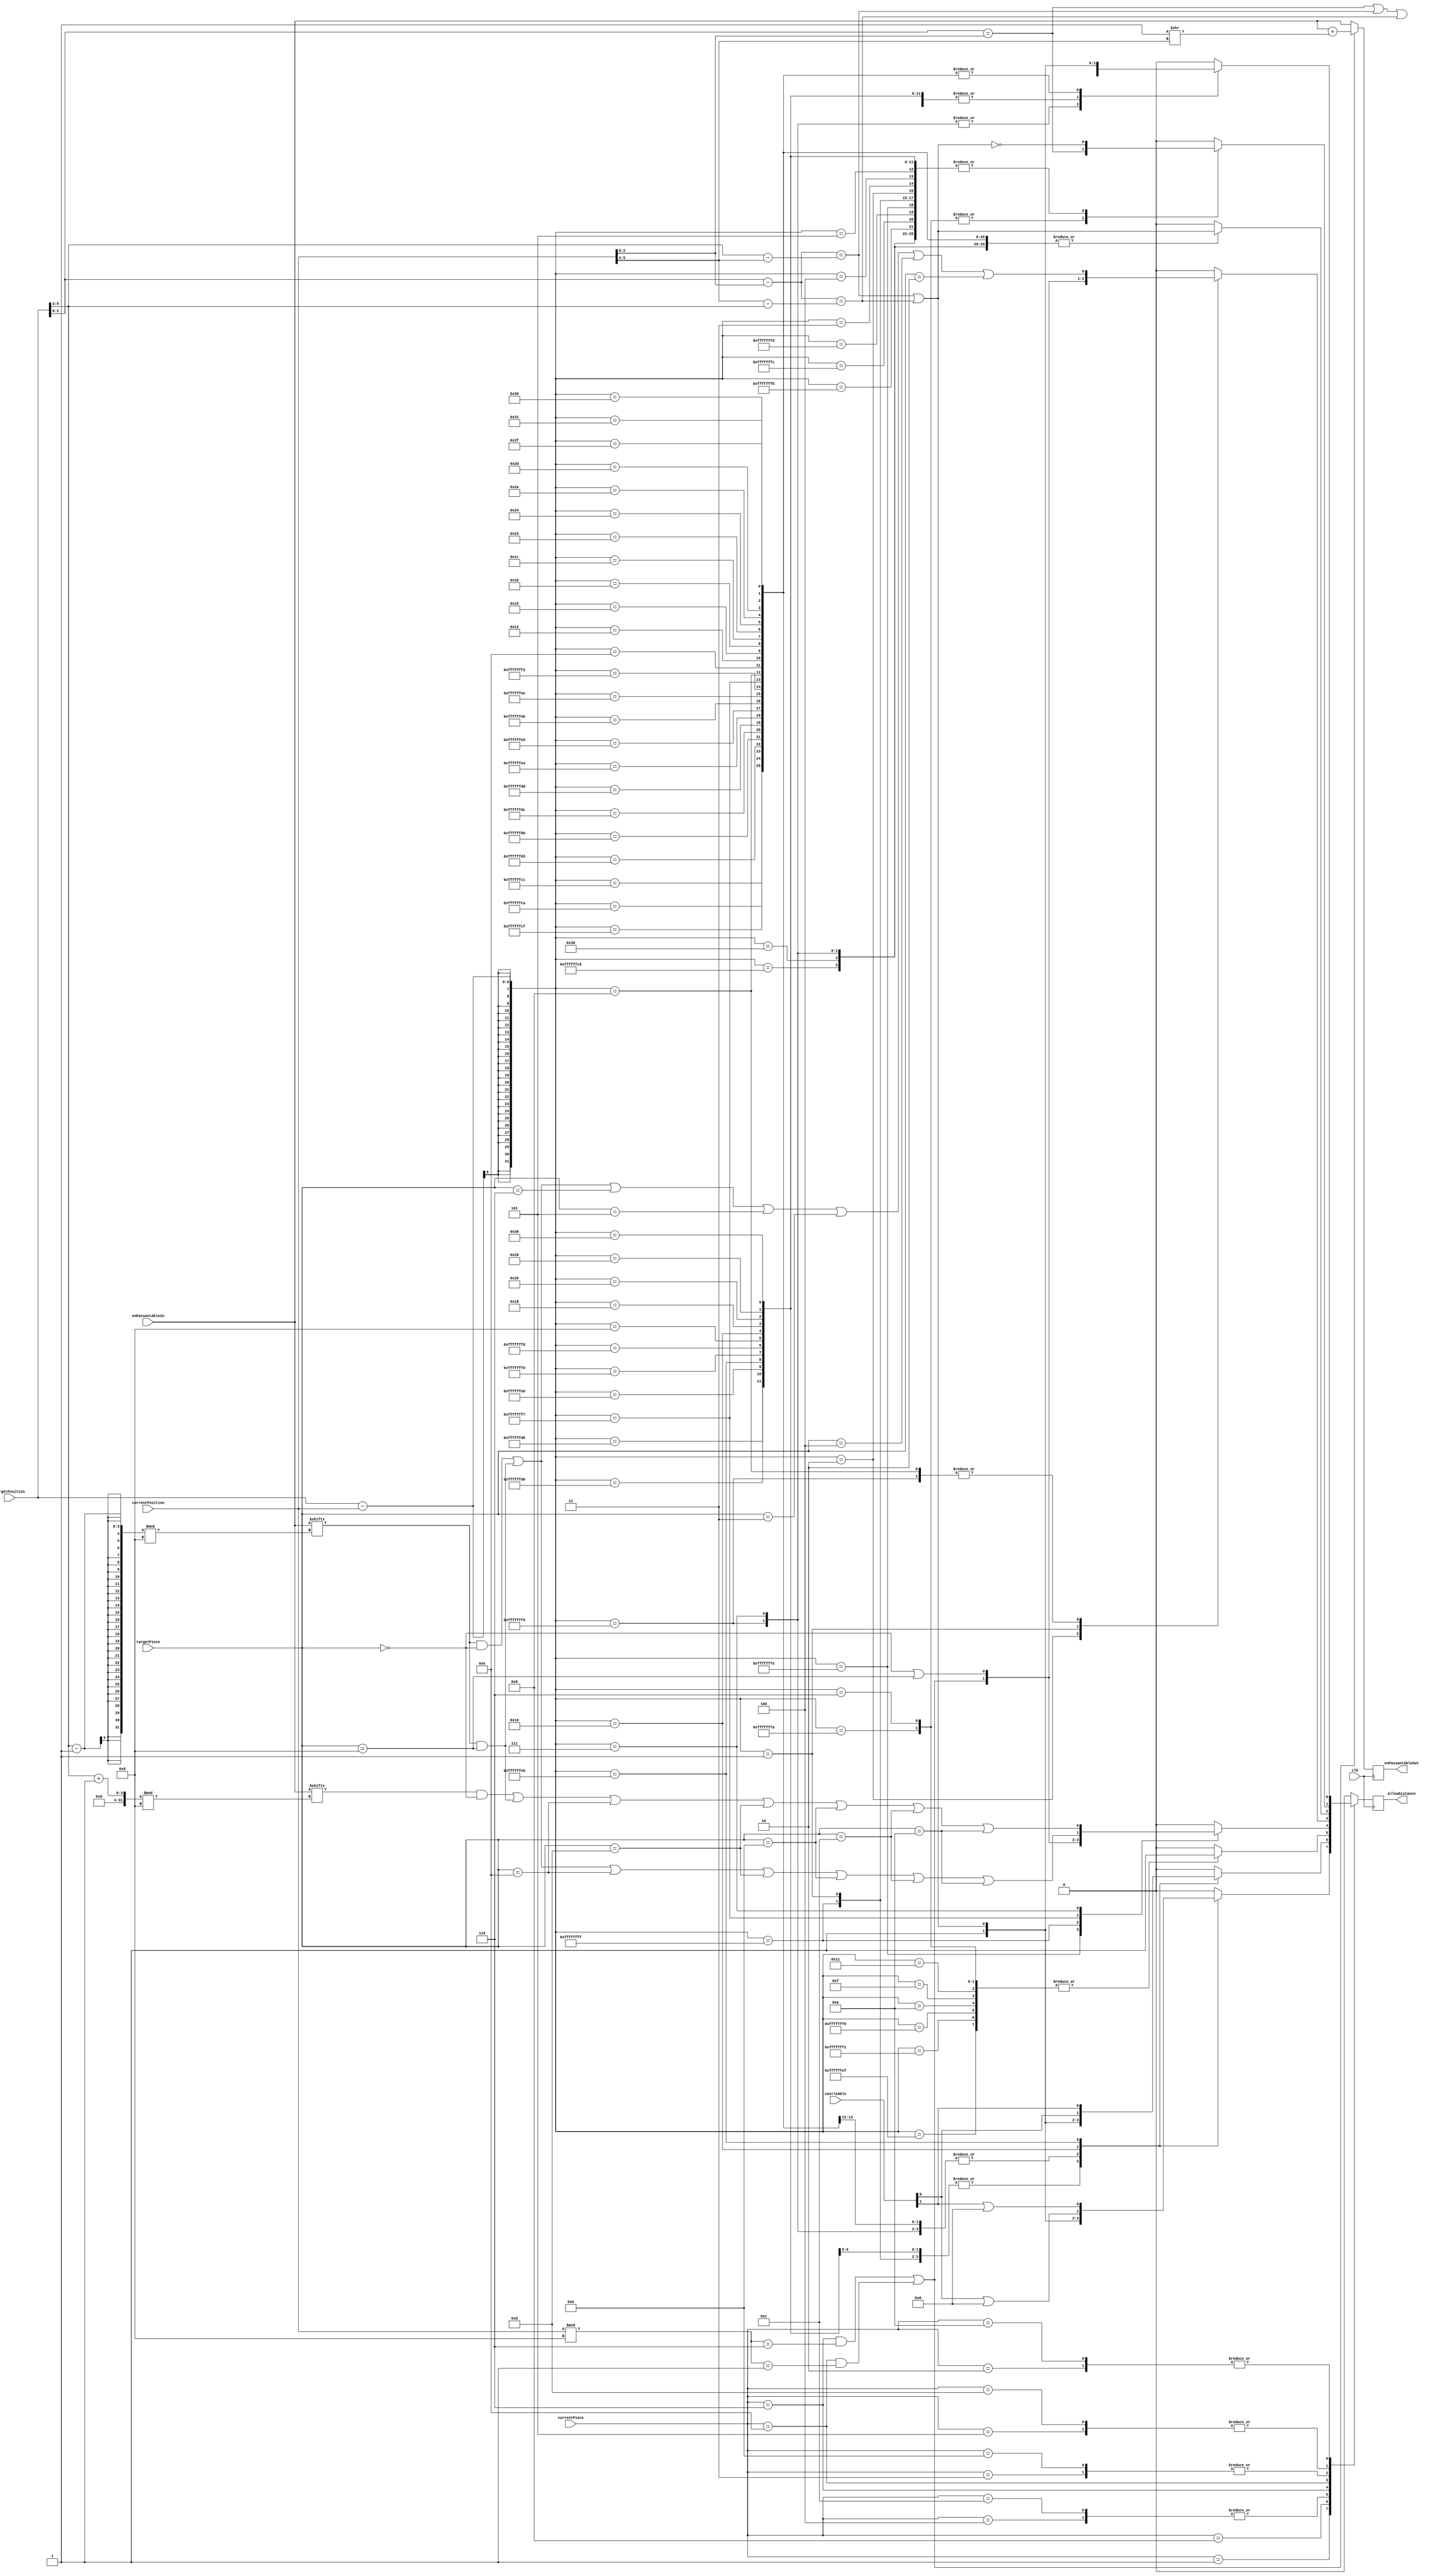
`timescale 1ns / 1ps
//////////////////////////////////////////////////////////////////////////////////
// Company: 
// 
// Design Name: 
// Module Name: checkDistance
// Project Name: 
// Target Devices: 
// Tool Versions: 
// Description: 
// 
// Dependencies: 
// 
// Revision:
// Revision 0.01 - File Created
// Additional Comments:
// 
//////////////////////////////////////////////////////////////////////////////////
/*

NEW !!
00 08 16 24 32 40 48 56
01 09 17 25 33 41 49 57
02 10 18 26 34 42 50 58
03 11 19 27 35 43 51 59
04 12 20 28 36 44 52 60
05 13 21 29 37 45 53 61
06 14 22 30 38 46 54 62 
07 15 23 31 39 47 55 63 


ROOKS


White on the bottom
*/

module checkDistance(
    input [5:0] targetPosition,
    input [5:0] currentPosition,
    input [3:0] currentPiece,
    input [3:0] targetPiece,
    input clk,
    input [1:0] castleAble,
    input [7:0] enPassantAbleIn,
    output reg [7:0] enPassantAbleOut,
    output reg allowDistance
    );
    
    
    localparam  WHITE_EMPTY  = 4'b0000, 
                WHITE_KING   = 4'b0001,
                WHITE_QUEEN  = 4'b0010, 
                WHITE_BISHOP = 4'b0011,
                WHITE_KNIGHT = 4'b0100,
                WHITE_ROOK   = 4'b0101,
                WHITE_PAWN   = 4'b0110,
                
                BLACK_EMPTY  = 4'b1000, 
                BLACK_KING   = 4'b1001,
                BLACK_QUEEN  = 4'b1010, 
                BLACK_BISHOP = 4'b1011,
                BLACK_KNIGHT = 4'b1100,
                BLACK_ROOK   = 4'b1101,
                BLACK_PAWN   = 4'b1110;
    
    wire signed [6:0] distance = targetPosition - currentPosition;
    
    wire [2:0] currentX = currentPosition[5:3];
    wire [2:0] currentY = currentPosition[2:0];
    
    wire [2:0] targetX = targetPosition[5:3];
    wire [2:0] targetY = targetPosition[2:0];
    
    wire longCastleAble = castleAble[1];
    wire shortCastleAble = castleAble[0];
    

    always @(posedge clk) begin    
    enPassantAbleOut = ((currentPiece == WHITE_PAWN && currentPosition%8 == 6) || (currentPiece == BLACK_PAWN && currentPosition%8 == 1)) ? ( enPassantAbleIn + (1>>currentX)) : enPassantAbleIn;
    case(currentPiece)
        
        WHITE_EMPTY: allowDistance = 0;
        BLACK_EMPTY: allowDistance = 0; 
       
        WHITE_KING: begin
            case(distance)
                 //horizontal movement
                 -8: allowDistance = 1;//(targetPosition[5:3] == currentPosition[5:3]);
                  8: allowDistance = 1;//(targetPosition[5:3] == currentPosition[5:3]);
                 
                 //vertical movement 
                 -1: allowDistance = 1;//(targetPosition[2:0] == currentPosition[2:0]);
                  1: allowDistance = 1;//(targetPosition[2:0] == currentPosition[2:0]);
                 
                 //right diag
                 -7: allowDistance = ((targetPosition[2:0] - currentPosition[2:0]) == (targetPosition[5:3] - currentPosition[5:3])) || ((targetPosition[2:0] - currentPosition[2:0]) == (currentPosition[5:3] - targetPosition[5:3]));
                  7: allowDistance = ((targetPosition[2:0] - currentPosition[2:0]) == (targetPosition[5:3] - currentPosition[5:3])) || ((targetPosition[2:0] - currentPosition[2:0]) == (currentPosition[5:3] - targetPosition[5:3]));
                 
                //left diag 
                 -9: allowDistance = ((targetPosition[2:0] - currentPosition[2:0]) == (targetPosition[5:3] - currentPosition[5:3])) || ((targetPosition[2:0] - currentPosition[2:0]) == (currentPosition[5:3] - targetPosition[5:3]));
                  9: allowDistance = ((targetPosition[2:0] - currentPosition[2:0]) == (targetPosition[5:3] - currentPosition[5:3])) || ((targetPosition[2:0] - currentPosition[2:0]) == (currentPosition[5:3] - targetPosition[5:3]));
                  
                  
               //castling
                16: allowDistance = shortCastleAble || 0;
               -24: allowDistance = longCastleAble || 0;
               
                  default: allowDistance = 0;
             endcase
         end
         
        BLACK_KING: begin
             case(distance)
                 //horiztonal movement
                 -8: allowDistance = 1;//(targetPosition[5:3] == currentPosition[5:3]);
                  8: allowDistance = 1;//(targetPosition[5:3] == currentPosition[5:3]);
                 
                 //vertical movement 
                 -1: allowDistance = 1;//(targetPosition[2:0] == currentPosition[2:0]);
                  1: allowDistance = 1;//(targetPosition[2:0] == currentPosition[2:0]);
                 
                 //right diag
                 -7: allowDistance = ((targetPosition[2:0] - currentPosition[2:0]) == (targetPosition[5:3] - currentPosition[5:3])) || ((targetPosition[2:0] - currentPosition[2:0]) == (currentPosition[5:3] - targetPosition[5:3]));
                  7: allowDistance = ((targetPosition[2:0] - currentPosition[2:0]) == (targetPosition[5:3] - currentPosition[5:3])) || ((targetPosition[2:0] - currentPosition[2:0]) == (currentPosition[5:3] - targetPosition[5:3]));
                 
                //left diag 
                 -9: allowDistance = ((targetPosition[2:0] - currentPosition[2:0]) == (targetPosition[5:3] - currentPosition[5:3])) || ((targetPosition[2:0] - currentPosition[2:0]) == (currentPosition[5:3] - targetPosition[5:3]));
                  9: allowDistance = ((targetPosition[2:0] - currentPosition[2:0]) == (targetPosition[5:3] - currentPosition[5:3])) || ((targetPosition[2:0] - currentPosition[2:0]) == (currentPosition[5:3] - targetPosition[5:3]));
               
                //castling
                 16: allowDistance = shortCastleAble;
                 -24: allowDistance = longCastleAble;
               
                  default: allowDistance = 0;
             endcase
         end
         
        WHITE_KNIGHT: begin
             case(distance)
                -17: allowDistance = 1;//((targetPosition[2:0] - currentPosition[2:0]) == 2*(targetPosition[5:3] - currentPosition[5:3])) || ((targetPosition[2:0] - currentPosition[2:0]) == 2*(currentPosition[5:3] - targetPosition[5:3])) || (2*(targetPosition[2:0] - currentPosition[2:0]) == (targetPosition[5:3] - currentPosition[5:3])) || (2*(targetPosition[2:0] - currentPosition[2:0]) == (currentPosition[5:3] - targetPosition[5:3]));
                -15: allowDistance = 1;//((targetPosition[2:0] - currentPosition[2:0]) == 2*(targetPosition[5:3] - currentPosition[5:3])) || ((targetPosition[2:0] - currentPosition[2:0]) == 2*(currentPosition[5:3] - targetPosition[5:3])) || (2*(targetPosition[2:0] - currentPosition[2:0]) == (targetPosition[5:3] - currentPosition[5:3])) || (2*(targetPosition[2:0] - currentPosition[2:0]) == (currentPosition[5:3] - targetPosition[5:3]));
                -10: allowDistance = 1;//((targetPosition[2:0] - currentPosition[2:0]) == 2*(targetPosition[5:3] - currentPosition[5:3])) || ((targetPosition[2:0] - currentPosition[2:0]) == 2*(currentPosition[5:3] - targetPosition[5:3])) || (2*(targetPosition[2:0] - currentPosition[2:0]) == (targetPosition[5:3] - currentPosition[5:3])) || (2*(targetPosition[2:0] - currentPosition[2:0]) == (currentPosition[5:3] - targetPosition[5:3]));
                 -6: allowDistance = 1;//((targetPosition[2:0] - currentPosition[2:0]) == 2*(targetPosition[5:3] - currentPosition[5:3])) || ((targetPosition[2:0] - currentPosition[2:0]) == 2*(currentPosition[5:3] - targetPosition[5:3])) || (2*(targetPosition[2:0] - currentPosition[2:0]) == (targetPosition[5:3] - currentPosition[5:3])) || (2*(targetPosition[2:0] - currentPosition[2:0]) == (currentPosition[5:3] - targetPosition[5:3]));
                  6: allowDistance = 1;//((targetPosition[2:0] - currentPosition[2:0]) == 2*(targetPosition[5:3] - currentPosition[5:3])) || ((targetPosition[2:0] - currentPosition[2:0]) == 2*(currentPosition[5:3] - targetPosition[5:3])) || (2*(targetPosition[2:0] - currentPosition[2:0]) == (targetPosition[5:3] - currentPosition[5:3])) || (2*(targetPosition[2:0] - currentPosition[2:0]) == (currentPosition[5:3] - targetPosition[5:3]));
                 10: allowDistance = 1;//((targetPosition[2:0] - currentPosition[2:0]) == 2*(targetPosition[5:3] - currentPosition[5:3])) || ((targetPosition[2:0] - currentPosition[2:0]) == 2*(currentPosition[5:3] - targetPosition[5:3])) || (2*(targetPosition[2:0] - currentPosition[2:0]) == (targetPosition[5:3] - currentPosition[5:3])) || (2*(targetPosition[2:0] - currentPosition[2:0]) == (currentPosition[5:3] - targetPosition[5:3]));
                 15: allowDistance = 1;//((targetPosition[2:0] - currentPosition[2:0]) == 2*(targetPosition[5:3] - currentPosition[5:3])) || ((targetPosition[2:0] - currentPosition[2:0]) == 2*(currentPosition[5:3] - targetPosition[5:3])) || (2*(targetPosition[2:0] - currentPosition[2:0]) == (targetPosition[5:3] - currentPosition[5:3])) || (2*(targetPosition[2:0] - currentPosition[2:0]) == (currentPosition[5:3] - targetPosition[5:3]));
                 17: allowDistance = 1;//((targetPosition[2:0] - currentPosition[2:0]) == 2*(targetPosition[5:3] - currentPosition[5:3])) || ((targetPosition[2:0] - currentPosition[2:0]) == 2*(currentPosition[5:3] - targetPosition[5:3])) || (2*(targetPosition[2:0] - currentPosition[2:0]) == (targetPosition[5:3] - currentPosition[5:3])) || (2*(targetPosition[2:0] - currentPosition[2:0]) == (currentPosition[5:3] - targetPosition[5:3]));
                 default: allowDistance = 0;
             endcase
         end
         
        BLACK_KNIGHT: begin
             case(distance)
                -17: allowDistance = 1;//((targetPosition[2:0] - currentPosition[2:0]) == 2*(targetPosition[5:3] - currentPosition[5:3])) || ((targetPosition[2:0] - currentPosition[2:0]) == 2*(currentPosition[5:3] - targetPosition[5:3])) || (2*(targetPosition[2:0] - currentPosition[2:0]) == (targetPosition[5:3] - currentPosition[5:3])) || (2*(targetPosition[2:0] - currentPosition[2:0]) == (currentPosition[5:3] - targetPosition[5:3]));
                -15: allowDistance = 1;//((targetPosition[2:0] - currentPosition[2:0]) == 2*(targetPosition[5:3] - currentPosition[5:3])) || ((targetPosition[2:0] - currentPosition[2:0]) == 2*(currentPosition[5:3] - targetPosition[5:3])) || (2*(targetPosition[2:0] - currentPosition[2:0]) == (targetPosition[5:3] - currentPosition[5:3])) || (2*(targetPosition[2:0] - currentPosition[2:0]) == (currentPosition[5:3] - targetPosition[5:3]));
                -10: allowDistance = 1;//((targetPosition[2:0] - currentPosition[2:0]) == 2*(targetPosition[5:3] - currentPosition[5:3])) || ((targetPosition[2:0] - currentPosition[2:0]) == 2*(currentPosition[5:3] - targetPosition[5:3])) || (2*(targetPosition[2:0] - currentPosition[2:0]) == (targetPosition[5:3] - currentPosition[5:3])) || (2*(targetPosition[2:0] - currentPosition[2:0]) == (currentPosition[5:3] - targetPosition[5:3]));
                 -6: allowDistance = 1;//((targetPosition[2:0] - currentPosition[2:0]) == 2*(targetPosition[5:3] - currentPosition[5:3])) || ((targetPosition[2:0] - currentPosition[2:0]) == 2*(currentPosition[5:3] - targetPosition[5:3])) || (2*(targetPosition[2:0] - currentPosition[2:0]) == (targetPosition[5:3] - currentPosition[5:3])) || (2*(targetPosition[2:0] - currentPosition[2:0]) == (currentPosition[5:3] - targetPosition[5:3]));
                  6: allowDistance = 1;//((targetPosition[2:0] - currentPosition[2:0]) == 2*(targetPosition[5:3] - currentPosition[5:3])) || ((targetPosition[2:0] - currentPosition[2:0]) == 2*(currentPosition[5:3] - targetPosition[5:3])) || (2*(targetPosition[2:0] - currentPosition[2:0]) == (targetPosition[5:3] - currentPosition[5:3])) || (2*(targetPosition[2:0] - currentPosition[2:0]) == (currentPosition[5:3] - targetPosition[5:3]));
                 10: allowDistance = 1;//((targetPosition[2:0] - currentPosition[2:0]) == 2*(targetPosition[5:3] - currentPosition[5:3])) || ((targetPosition[2:0] - currentPosition[2:0]) == 2*(currentPosition[5:3] - targetPosition[5:3])) || (2*(targetPosition[2:0] - currentPosition[2:0]) == (targetPosition[5:3] - currentPosition[5:3])) || (2*(targetPosition[2:0] - currentPosition[2:0]) == (currentPosition[5:3] - targetPosition[5:3]));
                 15: allowDistance = 1;//((targetPosition[2:0] - currentPosition[2:0]) == 2*(targetPosition[5:3] - currentPosition[5:3])) || ((targetPosition[2:0] - currentPosition[2:0]) == 2*(currentPosition[5:3] - targetPosition[5:3])) || (2*(targetPosition[2:0] - currentPosition[2:0]) == (targetPosition[5:3] - currentPosition[5:3])) || (2*(targetPosition[2:0] - currentPosition[2:0]) == (currentPosition[5:3] - targetPosition[5:3]));
                 17: allowDistance = 1;//((targetPosition[2:0] - currentPosition[2:0]) == 2*(targetPosition[5:3] - currentPosition[5:3])) || ((targetPosition[2:0] - currentPosition[2:0]) == 2*(currentPosition[5:3] - targetPosition[5:3])) || (2*(targetPosition[2:0] - currentPosition[2:0]) == (targetPosition[5:3] - currentPosition[5:3])) || (2*(targetPosition[2:0] - currentPosition[2:0]) == (currentPosition[5:3] - targetPosition[5:3]));
                 default: allowDistance = 0;
             endcase
         end  
         
        WHITE_PAWN: begin
             case(distance)
                -2: begin
                    allowDistance = ((currentPiece == WHITE_PAWN && currentPosition%8 == 6) || (currentPiece == BLACK_PAWN && currentPosition%8 == 1));
                    end
                -1: allowDistance = (targetPiece == WHITE_EMPTY) || (targetPiece == BLACK_EMPTY);
                 -9: allowDistance = (enPassantAbleIn[(targetX-1)%8] && targetPiece == WHITE_EMPTY) || (enPassantAbleIn[(targetX-1)%8] && targetPiece == BLACK_EMPTY)  || targetPiece == BLACK_PAWN || targetPiece == BLACK_ROOK || targetPiece == BLACK_BISHOP || targetPiece == BLACK_KNIGHT || targetPiece == BLACK_QUEEN;
                 7: allowDistance = (enPassantAbleIn[(targetX+1)%8] && targetPiece == WHITE_EMPTY) || (enPassantAbleIn[(targetX-1)%8] && targetPiece == BLACK_EMPTY) || targetPiece == BLACK_PAWN || targetPiece == BLACK_ROOK || targetPiece == BLACK_BISHOP || targetPiece == BLACK_KNIGHT || targetPiece == BLACK_QUEEN;
                 default: allowDistance = 0;
            endcase
        end
        
        BLACK_PAWN: begin
            case(distance)
                 2:  begin
                     allowDistance = ((currentPiece == WHITE_PAWN && currentPosition%8 == 6) || (currentPiece == BLACK_PAWN && currentPosition%8 == 1));
                     end
                 1: allowDistance = (targetPiece == WHITE_EMPTY) || (targetPiece == BLACK_EMPTY);
                -7: allowDistance =  (enPassantAbleIn[(targetX-1)%8] && targetPiece == WHITE_EMPTY) || (enPassantAbleIn[(targetX-1)%8] && targetPiece == BLACK_EMPTY) || targetPiece == WHITE_PAWN || targetPiece == WHITE_ROOK || targetPiece == WHITE_BISHOP || targetPiece == WHITE_KNIGHT || targetPiece == WHITE_QUEEN;
                9: allowDistance = (enPassantAbleIn[(targetX-1)%8] && targetPiece == WHITE_EMPTY) || (enPassantAbleIn[(targetX-1)%8] && targetPiece == BLACK_EMPTY) || targetPiece == WHITE_PAWN || targetPiece == WHITE_ROOK || targetPiece == WHITE_BISHOP || targetPiece == WHITE_KNIGHT || targetPiece == WHITE_QUEEN;
                 default: allowDistance = 0;
            endcase
        end
        
        WHITE_BISHOP: begin
        case(distance)
            -63: allowDistance = ((targetPosition[2:0] - currentPosition[2:0]) == (targetPosition[5:3] - currentPosition[5:3])) || ((targetPosition[2:0] - currentPosition[2:0]) == (currentPosition[5:3] - targetPosition[5:3]));
            -56: allowDistance = ((targetPosition[2:0] - currentPosition[2:0]) == (targetPosition[5:3] - currentPosition[5:3])) || ((targetPosition[2:0] - currentPosition[2:0]) == (currentPosition[5:3] - targetPosition[5:3]));
            -54: allowDistance = ((targetPosition[2:0] - currentPosition[2:0]) == (targetPosition[5:3] - currentPosition[5:3])) || ((targetPosition[2:0] - currentPosition[2:0]) == (currentPosition[5:3] - targetPosition[5:3]));
            -49: allowDistance = ((targetPosition[2:0] - currentPosition[2:0]) == (targetPosition[5:3] - currentPosition[5:3])) || ((targetPosition[2:0] - currentPosition[2:0]) == (currentPosition[5:3] - targetPosition[5:3]));
            -45: allowDistance = ((targetPosition[2:0] - currentPosition[2:0]) == (targetPosition[5:3] - currentPosition[5:3])) || ((targetPosition[2:0] - currentPosition[2:0]) == (currentPosition[5:3] - targetPosition[5:3]));
            -42: allowDistance = ((targetPosition[2:0] - currentPosition[2:0]) == (targetPosition[5:3] - currentPosition[5:3])) || ((targetPosition[2:0] - currentPosition[2:0]) == (currentPosition[5:3] - targetPosition[5:3]));
            -36: allowDistance = ((targetPosition[2:0] - currentPosition[2:0]) == (targetPosition[5:3] - currentPosition[5:3])) || ((targetPosition[2:0] - currentPosition[2:0]) == (currentPosition[5:3] - targetPosition[5:3]));
            -35: allowDistance = ((targetPosition[2:0] - currentPosition[2:0]) == (targetPosition[5:3] - currentPosition[5:3])) || ((targetPosition[2:0] - currentPosition[2:0]) == (currentPosition[5:3] - targetPosition[5:3]));
            -28: allowDistance = ((targetPosition[2:0] - currentPosition[2:0]) == (targetPosition[5:3] - currentPosition[5:3])) || ((targetPosition[2:0] - currentPosition[2:0]) == (currentPosition[5:3] - targetPosition[5:3]));
            -27: allowDistance = ((targetPosition[2:0] - currentPosition[2:0]) == (targetPosition[5:3] - currentPosition[5:3])) || ((targetPosition[2:0] - currentPosition[2:0]) == (currentPosition[5:3] - targetPosition[5:3]));
            -21: allowDistance = ((targetPosition[2:0] - currentPosition[2:0]) == (targetPosition[5:3] - currentPosition[5:3])) || ((targetPosition[2:0] - currentPosition[2:0]) == (currentPosition[5:3] - targetPosition[5:3]));
            -18: allowDistance = ((targetPosition[2:0] - currentPosition[2:0]) == (targetPosition[5:3] - currentPosition[5:3])) || ((targetPosition[2:0] - currentPosition[2:0]) == (currentPosition[5:3] - targetPosition[5:3]));
            -14: allowDistance = ((targetPosition[2:0] - currentPosition[2:0]) == (targetPosition[5:3] - currentPosition[5:3])) || ((targetPosition[2:0] - currentPosition[2:0]) == (currentPosition[5:3] - targetPosition[5:3]));
             -9: allowDistance = ((targetPosition[2:0] - currentPosition[2:0]) == (targetPosition[5:3] - currentPosition[5:3])) || ((targetPosition[2:0] - currentPosition[2:0]) == (currentPosition[5:3] - targetPosition[5:3]));
             -7: allowDistance = ((targetPosition[2:0] - currentPosition[2:0]) == (targetPosition[5:3] - currentPosition[5:3])) || ((targetPosition[2:0] - currentPosition[2:0]) == (currentPosition[5:3] - targetPosition[5:3]));
              7: allowDistance = ((targetPosition[2:0] - currentPosition[2:0]) == (targetPosition[5:3] - currentPosition[5:3])) || ((targetPosition[2:0] - currentPosition[2:0]) == (currentPosition[5:3] - targetPosition[5:3]));
              9: allowDistance = ((targetPosition[2:0] - currentPosition[2:0]) == (targetPosition[5:3] - currentPosition[5:3])) || ((targetPosition[2:0] - currentPosition[2:0]) == (currentPosition[5:3] - targetPosition[5:3]));
             14: allowDistance = ((targetPosition[2:0] - currentPosition[2:0]) == (targetPosition[5:3] - currentPosition[5:3])) || ((targetPosition[2:0] - currentPosition[2:0]) == (currentPosition[5:3] - targetPosition[5:3]));
             18: allowDistance = ((targetPosition[2:0] - currentPosition[2:0]) == (targetPosition[5:3] - currentPosition[5:3])) || ((targetPosition[2:0] - currentPosition[2:0]) == (currentPosition[5:3] - targetPosition[5:3]));
             21: allowDistance = ((targetPosition[2:0] - currentPosition[2:0]) == (targetPosition[5:3] - currentPosition[5:3])) || ((targetPosition[2:0] - currentPosition[2:0]) == (currentPosition[5:3] - targetPosition[5:3]));
             27: allowDistance = ((targetPosition[2:0] - currentPosition[2:0]) == (targetPosition[5:3] - currentPosition[5:3])) || ((targetPosition[2:0] - currentPosition[2:0]) == (currentPosition[5:3] - targetPosition[5:3]));
             28: allowDistance = ((targetPosition[2:0] - currentPosition[2:0]) == (targetPosition[5:3] - currentPosition[5:3])) || ((targetPosition[2:0] - currentPosition[2:0]) == (currentPosition[5:3] - targetPosition[5:3]));
             35: allowDistance = ((targetPosition[2:0] - currentPosition[2:0]) == (targetPosition[5:3] - currentPosition[5:3])) || ((targetPosition[2:0] - currentPosition[2:0]) == (currentPosition[5:3] - targetPosition[5:3]));
             36: allowDistance = ((targetPosition[2:0] - currentPosition[2:0]) == (targetPosition[5:3] - currentPosition[5:3])) || ((targetPosition[2:0] - currentPosition[2:0]) == (currentPosition[5:3] - targetPosition[5:3]));
             42: allowDistance = ((targetPosition[2:0] - currentPosition[2:0]) == (targetPosition[5:3] - currentPosition[5:3])) || ((targetPosition[2:0] - currentPosition[2:0]) == (currentPosition[5:3] - targetPosition[5:3]));
             45: allowDistance = ((targetPosition[2:0] - currentPosition[2:0]) == (targetPosition[5:3] - currentPosition[5:3])) || ((targetPosition[2:0] - currentPosition[2:0]) == (currentPosition[5:3] - targetPosition[5:3]));
             49: allowDistance = ((targetPosition[2:0] - currentPosition[2:0]) == (targetPosition[5:3] - currentPosition[5:3])) || ((targetPosition[2:0] - currentPosition[2:0]) == (currentPosition[5:3] - targetPosition[5:3]));
             54: allowDistance = ((targetPosition[2:0] - currentPosition[2:0]) == (targetPosition[5:3] - currentPosition[5:3])) || ((targetPosition[2:0] - currentPosition[2:0]) == (currentPosition[5:3] - targetPosition[5:3]));
             56: allowDistance = ((targetPosition[2:0] - currentPosition[2:0]) == (targetPosition[5:3] - currentPosition[5:3])) || ((targetPosition[2:0] - currentPosition[2:0]) == (currentPosition[5:3] - targetPosition[5:3]));
             63: allowDistance = ((targetPosition[2:0] - currentPosition[2:0]) == (targetPosition[5:3] - currentPosition[5:3])) || ((targetPosition[2:0] - currentPosition[2:0]) == (currentPosition[5:3] - targetPosition[5:3]));
             default: allowDistance = 0;
         endcase
     end
     
        BLACK_BISHOP: begin
        case(distance)
            -63: allowDistance = ((targetPosition[2:0] - currentPosition[2:0]) == (targetPosition[5:3] - currentPosition[5:3])) || ((targetPosition[2:0] - currentPosition[2:0]) == (currentPosition[5:3] - targetPosition[5:3]));
            -56: allowDistance = ((targetPosition[2:0] - currentPosition[2:0]) == (targetPosition[5:3] - currentPosition[5:3])) || ((targetPosition[2:0] - currentPosition[2:0]) == (currentPosition[5:3] - targetPosition[5:3]));
            -54: allowDistance = ((targetPosition[2:0] - currentPosition[2:0]) == (targetPosition[5:3] - currentPosition[5:3])) || ((targetPosition[2:0] - currentPosition[2:0]) == (currentPosition[5:3] - targetPosition[5:3]));
            -49: allowDistance = ((targetPosition[2:0] - currentPosition[2:0]) == (targetPosition[5:3] - currentPosition[5:3])) || ((targetPosition[2:0] - currentPosition[2:0]) == (currentPosition[5:3] - targetPosition[5:3]));
            -45: allowDistance = ((targetPosition[2:0] - currentPosition[2:0]) == (targetPosition[5:3] - currentPosition[5:3])) || ((targetPosition[2:0] - currentPosition[2:0]) == (currentPosition[5:3] - targetPosition[5:3]));
            -42: allowDistance = ((targetPosition[2:0] - currentPosition[2:0]) == (targetPosition[5:3] - currentPosition[5:3])) || ((targetPosition[2:0] - currentPosition[2:0]) == (currentPosition[5:3] - targetPosition[5:3]));
            -36: allowDistance = ((targetPosition[2:0] - currentPosition[2:0]) == (targetPosition[5:3] - currentPosition[5:3])) || ((targetPosition[2:0] - currentPosition[2:0]) == (currentPosition[5:3] - targetPosition[5:3]));
            -35: allowDistance = ((targetPosition[2:0] - currentPosition[2:0]) == (targetPosition[5:3] - currentPosition[5:3])) || ((targetPosition[2:0] - currentPosition[2:0]) == (currentPosition[5:3] - targetPosition[5:3]));
            -28: allowDistance = ((targetPosition[2:0] - currentPosition[2:0]) == (targetPosition[5:3] - currentPosition[5:3])) || ((targetPosition[2:0] - currentPosition[2:0]) == (currentPosition[5:3] - targetPosition[5:3]));
            -27: allowDistance = ((targetPosition[2:0] - currentPosition[2:0]) == (targetPosition[5:3] - currentPosition[5:3])) || ((targetPosition[2:0] - currentPosition[2:0]) == (currentPosition[5:3] - targetPosition[5:3]));
            -21: allowDistance = ((targetPosition[2:0] - currentPosition[2:0]) == (targetPosition[5:3] - currentPosition[5:3])) || ((targetPosition[2:0] - currentPosition[2:0]) == (currentPosition[5:3] - targetPosition[5:3]));
            -18: allowDistance = ((targetPosition[2:0] - currentPosition[2:0]) == (targetPosition[5:3] - currentPosition[5:3])) || ((targetPosition[2:0] - currentPosition[2:0]) == (currentPosition[5:3] - targetPosition[5:3]));
            -14: allowDistance = ((targetPosition[2:0] - currentPosition[2:0]) == (targetPosition[5:3] - currentPosition[5:3])) || ((targetPosition[2:0] - currentPosition[2:0]) == (currentPosition[5:3] - targetPosition[5:3]));
             -9: allowDistance = ((targetPosition[2:0] - currentPosition[2:0]) == (targetPosition[5:3] - currentPosition[5:3])) || ((targetPosition[2:0] - currentPosition[2:0]) == (currentPosition[5:3] - targetPosition[5:3]));
             -7: allowDistance = ((targetPosition[2:0] - currentPosition[2:0]) == (targetPosition[5:3] - currentPosition[5:3])) || ((targetPosition[2:0] - currentPosition[2:0]) == (currentPosition[5:3] - targetPosition[5:3]));
              7: allowDistance = ((targetPosition[2:0] - currentPosition[2:0]) == (targetPosition[5:3] - currentPosition[5:3])) || ((targetPosition[2:0] - currentPosition[2:0]) == (currentPosition[5:3] - targetPosition[5:3]));
              9: allowDistance = ((targetPosition[2:0] - currentPosition[2:0]) == (targetPosition[5:3] - currentPosition[5:3])) || ((targetPosition[2:0] - currentPosition[2:0]) == (currentPosition[5:3] - targetPosition[5:3]));
             14: allowDistance = ((targetPosition[2:0] - currentPosition[2:0]) == (targetPosition[5:3] - currentPosition[5:3])) || ((targetPosition[2:0] - currentPosition[2:0]) == (currentPosition[5:3] - targetPosition[5:3]));
             18: allowDistance = ((targetPosition[2:0] - currentPosition[2:0]) == (targetPosition[5:3] - currentPosition[5:3])) || ((targetPosition[2:0] - currentPosition[2:0]) == (currentPosition[5:3] - targetPosition[5:3]));
             21: allowDistance = ((targetPosition[2:0] - currentPosition[2:0]) == (targetPosition[5:3] - currentPosition[5:3])) || ((targetPosition[2:0] - currentPosition[2:0]) == (currentPosition[5:3] - targetPosition[5:3]));
             27: allowDistance = ((targetPosition[2:0] - currentPosition[2:0]) == (targetPosition[5:3] - currentPosition[5:3])) || ((targetPosition[2:0] - currentPosition[2:0]) == (currentPosition[5:3] - targetPosition[5:3]));
             28: allowDistance = ((targetPosition[2:0] - currentPosition[2:0]) == (targetPosition[5:3] - currentPosition[5:3])) || ((targetPosition[2:0] - currentPosition[2:0]) == (currentPosition[5:3] - targetPosition[5:3]));
             35: allowDistance = ((targetPosition[2:0] - currentPosition[2:0]) == (targetPosition[5:3] - currentPosition[5:3])) || ((targetPosition[2:0] - currentPosition[2:0]) == (currentPosition[5:3] - targetPosition[5:3]));
             36: allowDistance = ((targetPosition[2:0] - currentPosition[2:0]) == (targetPosition[5:3] - currentPosition[5:3])) || ((targetPosition[2:0] - currentPosition[2:0]) == (currentPosition[5:3] - targetPosition[5:3]));
             42: allowDistance = ((targetPosition[2:0] - currentPosition[2:0]) == (targetPosition[5:3] - currentPosition[5:3])) || ((targetPosition[2:0] - currentPosition[2:0]) == (currentPosition[5:3] - targetPosition[5:3]));
             45: allowDistance = ((targetPosition[2:0] - currentPosition[2:0]) == (targetPosition[5:3] - currentPosition[5:3])) || ((targetPosition[2:0] - currentPosition[2:0]) == (currentPosition[5:3] - targetPosition[5:3]));
             49: allowDistance = ((targetPosition[2:0] - currentPosition[2:0]) == (targetPosition[5:3] - currentPosition[5:3])) || ((targetPosition[2:0] - currentPosition[2:0]) == (currentPosition[5:3] - targetPosition[5:3]));
             54: allowDistance = ((targetPosition[2:0] - currentPosition[2:0]) == (targetPosition[5:3] - currentPosition[5:3])) || ((targetPosition[2:0] - currentPosition[2:0]) == (currentPosition[5:3] - targetPosition[5:3]));
             56: allowDistance = ((targetPosition[2:0] - currentPosition[2:0]) == (targetPosition[5:3] - currentPosition[5:3])) || ((targetPosition[2:0] - currentPosition[2:0]) == (currentPosition[5:3] - targetPosition[5:3]));
             63: allowDistance = ((targetPosition[2:0] - currentPosition[2:0]) == (targetPosition[5:3] - currentPosition[5:3])) || ((targetPosition[2:0] - currentPosition[2:0]) == (currentPosition[5:3] - targetPosition[5:3]));
             default: allowDistance = 0;
         endcase
    end  
    
        WHITE_ROOK: begin
        case(distance)
             //Vertical movement 
             -7: allowDistance = !( ((targetPosition[2:0] - currentPosition[2:0]) == (targetPosition[5:3] - currentPosition[5:3])) || ((targetPosition[2:0] - currentPosition[2:0]) == (currentPosition[5:3] - targetPosition[5:3])) );//(targetPosition[2:0] == currentPosition[2:0]);
             -6: allowDistance = (targetPosition[2:0] == currentPosition[2:0]);
             -5: allowDistance = !( ((targetPosition[2:0] - currentPosition[2:0]) == (targetPosition[5:3] - currentPosition[5:3])) || ((targetPosition[2:0] - currentPosition[2:0]) == (currentPosition[5:3] - targetPosition[5:3])) );//(targetPosition[2:0] == currentPosition[2:0]);
             -4: allowDistance = !( ((targetPosition[2:0] - currentPosition[2:0]) == (targetPosition[5:3] - currentPosition[5:3])) || ((targetPosition[2:0] - currentPosition[2:0]) == (currentPosition[5:3] - targetPosition[5:3])) );//(targetPosition[2:0] == currentPosition[2:0]);
             -3: allowDistance = !( ((targetPosition[2:0] - currentPosition[2:0]) == (targetPosition[5:3] - currentPosition[5:3])) || ((targetPosition[2:0] - currentPosition[2:0]) == (currentPosition[5:3] - targetPosition[5:3])) );//(targetPosition[2:0] == currentPosition[2:0]);
             -2: allowDistance = !( ((targetPosition[2:0] - currentPosition[2:0]) == (targetPosition[5:3] - currentPosition[5:3])) || ((targetPosition[2:0] - currentPosition[2:0]) == (currentPosition[5:3] - targetPosition[5:3])) );//(targetPosition[2:0] == currentPosition[2:0]);
             -1: allowDistance = !( ((targetPosition[2:0] - currentPosition[2:0]) == (targetPosition[5:3] - currentPosition[5:3])) || ((targetPosition[2:0] - currentPosition[2:0]) == (currentPosition[5:3] - targetPosition[5:3])) );//(targetPosition[2:0] == currentPosition[2:0]);
              1: allowDistance = !( ((targetPosition[2:0] - currentPosition[2:0]) == (targetPosition[5:3] - currentPosition[5:3])) || ((targetPosition[2:0] - currentPosition[2:0]) == (currentPosition[5:3] - targetPosition[5:3])) );//(targetPosition[2:0] == currentPosition[2:0]);
              2: allowDistance = !( ((targetPosition[2:0] - currentPosition[2:0]) == (targetPosition[5:3] - currentPosition[5:3])) || ((targetPosition[2:0] - currentPosition[2:0]) == (currentPosition[5:3] - targetPosition[5:3])) );//(targetPosition[2:0] == currentPosition[2:0]);
              3: allowDistance = !( ((targetPosition[2:0] - currentPosition[2:0]) == (targetPosition[5:3] - currentPosition[5:3])) || ((targetPosition[2:0] - currentPosition[2:0]) == (currentPosition[5:3] - targetPosition[5:3])) );//(targetPosition[2:0] == currentPosition[2:0]);
              4: allowDistance = !( ((targetPosition[2:0] - currentPosition[2:0]) == (targetPosition[5:3] - currentPosition[5:3])) || ((targetPosition[2:0] - currentPosition[2:0]) == (currentPosition[5:3] - targetPosition[5:3])) );//(targetPosition[2:0] == currentPosition[2:0]);
              5: allowDistance = !( ((targetPosition[2:0] - currentPosition[2:0]) == (targetPosition[5:3] - currentPosition[5:3])) || ((targetPosition[2:0] - currentPosition[2:0]) == (currentPosition[5:3] - targetPosition[5:3])) );//(targetPosition[2:0] == currentPosition[2:0]);
              6: allowDistance = (targetPosition[2:0] == currentPosition[2:0]);
              7: allowDistance = !( ((targetPosition[2:0] - currentPosition[2:0]) == (targetPosition[5:3] - currentPosition[5:3])) || ((targetPosition[2:0] - currentPosition[2:0]) == (currentPosition[5:3] - targetPosition[5:3])) );//(targetPosition[2:0] == currentPosition[2:0]);
              
            //Horizontal movement
            -56: allowDistance = !( ((targetPosition[2:0] - currentPosition[2:0]) == (targetPosition[5:3] - currentPosition[5:3])) || ((targetPosition[2:0] - currentPosition[2:0]) == (currentPosition[5:3] - targetPosition[5:3])) );//(targetPosition[5:3] == currentPosition[5:3]);
            -48: allowDistance = !( ((targetPosition[2:0] - currentPosition[2:0]) == (targetPosition[5:3] - currentPosition[5:3])) || ((targetPosition[2:0] - currentPosition[2:0]) == (currentPosition[5:3] - targetPosition[5:3])) );//(targetPosition[5:3] == currentPosition[5:3]);
            -40: allowDistance = !( ((targetPosition[2:0] - currentPosition[2:0]) == (targetPosition[5:3] - currentPosition[5:3])) || ((targetPosition[2:0] - currentPosition[2:0]) == (currentPosition[5:3] - targetPosition[5:3])) );//(targetPosition[5:3] == currentPosition[5:3]);
            -32: allowDistance = !( ((targetPosition[2:0] - currentPosition[2:0]) == (targetPosition[5:3] - currentPosition[5:3])) || ((targetPosition[2:0] - currentPosition[2:0]) == (currentPosition[5:3] - targetPosition[5:3])) );//(targetPosition[5:3] == currentPosition[5:3]);
            -24: allowDistance = !( ((targetPosition[2:0] - currentPosition[2:0]) == (targetPosition[5:3] - currentPosition[5:3])) || ((targetPosition[2:0] - currentPosition[2:0]) == (currentPosition[5:3] - targetPosition[5:3])) );//(targetPosition[5:3] == currentPosition[5:3]);
            -16: allowDistance = !( ((targetPosition[2:0] - currentPosition[2:0]) == (targetPosition[5:3] - currentPosition[5:3])) || ((targetPosition[2:0] - currentPosition[2:0]) == (currentPosition[5:3] - targetPosition[5:3])) );//(targetPosition[5:3] == currentPosition[5:3]);
             -8: allowDistance = !( ((targetPosition[2:0] - currentPosition[2:0]) == (targetPosition[5:3] - currentPosition[5:3])) || ((targetPosition[2:0] - currentPosition[2:0]) == (currentPosition[5:3] - targetPosition[5:3])) );//(targetPosition[5:3] == currentPosition[5:3]);
              8: allowDistance = !( ((targetPosition[2:0] - currentPosition[2:0]) == (targetPosition[5:3] - currentPosition[5:3])) || ((targetPosition[2:0] - currentPosition[2:0]) == (currentPosition[5:3] - targetPosition[5:3])) );//(targetPosition[5:3] == currentPosition[5:3]);
             16: allowDistance = !( ((targetPosition[2:0] - currentPosition[2:0]) == (targetPosition[5:3] - currentPosition[5:3])) || ((targetPosition[2:0] - currentPosition[2:0]) == (currentPosition[5:3] - targetPosition[5:3])) );//(targetPosition[5:3] == currentPosition[5:3]);
             24: allowDistance = !( ((targetPosition[2:0] - currentPosition[2:0]) == (targetPosition[5:3] - currentPosition[5:3])) || ((targetPosition[2:0] - currentPosition[2:0]) == (currentPosition[5:3] - targetPosition[5:3])) );//(targetPosition[5:3] == currentPosition[5:3]);
             32: allowDistance = !( ((targetPosition[2:0] - currentPosition[2:0]) == (targetPosition[5:3] - currentPosition[5:3])) || ((targetPosition[2:0] - currentPosition[2:0]) == (currentPosition[5:3] - targetPosition[5:3])) );//(targetPosition[5:3] == currentPosition[5:3]);
             40: allowDistance = !( ((targetPosition[2:0] - currentPosition[2:0]) == (targetPosition[5:3] - currentPosition[5:3])) || ((targetPosition[2:0] - currentPosition[2:0]) == (currentPosition[5:3] - targetPosition[5:3])) );//(targetPosition[5:3] == currentPosition[5:3]);
             48: allowDistance = !( ((targetPosition[2:0] - currentPosition[2:0]) == (targetPosition[5:3] - currentPosition[5:3])) || ((targetPosition[2:0] - currentPosition[2:0]) == (currentPosition[5:3] - targetPosition[5:3])) );//(targetPosition[5:3] == currentPosition[5:3]);
             56: allowDistance = !( ((targetPosition[2:0] - currentPosition[2:0]) == (targetPosition[5:3] - currentPosition[5:3])) || ((targetPosition[2:0] - currentPosition[2:0]) == (currentPosition[5:3] - targetPosition[5:3])) );//(targetPosition[5:3] == currentPosition[5:3]);
             
             default: allowDistance = 0;
        endcase
    end
    
        BLACK_ROOK: begin
        case(distance)
             //Vertical movement 
             -7: allowDistance = !( ((targetPosition[2:0] - currentPosition[2:0]) == (targetPosition[5:3] - currentPosition[5:3])) || ((targetPosition[2:0] - currentPosition[2:0]) == (currentPosition[5:3] - targetPosition[5:3])) );//(targetPosition[2:0] == currentPosition[2:0]);
             -6: allowDistance = (targetPosition[2:0] == currentPosition[2:0]);
             -5: allowDistance = !( ((targetPosition[2:0] - currentPosition[2:0]) == (targetPosition[5:3] - currentPosition[5:3])) || ((targetPosition[2:0] - currentPosition[2:0]) == (currentPosition[5:3] - targetPosition[5:3])) );//(targetPosition[2:0] == currentPosition[2:0]);
             -4: allowDistance = !( ((targetPosition[2:0] - currentPosition[2:0]) == (targetPosition[5:3] - currentPosition[5:3])) || ((targetPosition[2:0] - currentPosition[2:0]) == (currentPosition[5:3] - targetPosition[5:3])) );//(targetPosition[2:0] == currentPosition[2:0]);
             -3: allowDistance = !( ((targetPosition[2:0] - currentPosition[2:0]) == (targetPosition[5:3] - currentPosition[5:3])) || ((targetPosition[2:0] - currentPosition[2:0]) == (currentPosition[5:3] - targetPosition[5:3])) );//(targetPosition[2:0] == currentPosition[2:0]);
             -2: allowDistance = !( ((targetPosition[2:0] - currentPosition[2:0]) == (targetPosition[5:3] - currentPosition[5:3])) || ((targetPosition[2:0] - currentPosition[2:0]) == (currentPosition[5:3] - targetPosition[5:3])) );//(targetPosition[2:0] == currentPosition[2:0]);
             -1: allowDistance = !( ((targetPosition[2:0] - currentPosition[2:0]) == (targetPosition[5:3] - currentPosition[5:3])) || ((targetPosition[2:0] - currentPosition[2:0]) == (currentPosition[5:3] - targetPosition[5:3])) );//(targetPosition[2:0] == currentPosition[2:0]);
              1: allowDistance = !( ((targetPosition[2:0] - currentPosition[2:0]) == (targetPosition[5:3] - currentPosition[5:3])) || ((targetPosition[2:0] - currentPosition[2:0]) == (currentPosition[5:3] - targetPosition[5:3])) );//(targetPosition[2:0] == currentPosition[2:0]);
              2: allowDistance = !( ((targetPosition[2:0] - currentPosition[2:0]) == (targetPosition[5:3] - currentPosition[5:3])) || ((targetPosition[2:0] - currentPosition[2:0]) == (currentPosition[5:3] - targetPosition[5:3])) );//(targetPosition[2:0] == currentPosition[2:0]);
              3: allowDistance = !( ((targetPosition[2:0] - currentPosition[2:0]) == (targetPosition[5:3] - currentPosition[5:3])) || ((targetPosition[2:0] - currentPosition[2:0]) == (currentPosition[5:3] - targetPosition[5:3])) );//(targetPosition[2:0] == currentPosition[2:0]);
              4: allowDistance = !( ((targetPosition[2:0] - currentPosition[2:0]) == (targetPosition[5:3] - currentPosition[5:3])) || ((targetPosition[2:0] - currentPosition[2:0]) == (currentPosition[5:3] - targetPosition[5:3])) );//(targetPosition[2:0] == currentPosition[2:0]);
              5: allowDistance = !( ((targetPosition[2:0] - currentPosition[2:0]) == (targetPosition[5:3] - currentPosition[5:3])) || ((targetPosition[2:0] - currentPosition[2:0]) == (currentPosition[5:3] - targetPosition[5:3])) );//(targetPosition[2:0] == currentPosition[2:0]);
              6: allowDistance = (targetPosition[2:0] == currentPosition[2:0]);
              7: allowDistance = !( ((targetPosition[2:0] - currentPosition[2:0]) == (targetPosition[5:3] - currentPosition[5:3])) || ((targetPosition[2:0] - currentPosition[2:0]) == (currentPosition[5:3] - targetPosition[5:3])) );//(targetPosition[2:0] == currentPosition[2:0]);
              
            //Horizontal movement
            -56: allowDistance = !( ((targetPosition[2:0] - currentPosition[2:0]) == (targetPosition[5:3] - currentPosition[5:3])) || ((targetPosition[2:0] - currentPosition[2:0]) == (currentPosition[5:3] - targetPosition[5:3])) );//(targetPosition[5:3] == currentPosition[5:3]);
            -48: allowDistance = !( ((targetPosition[2:0] - currentPosition[2:0]) == (targetPosition[5:3] - currentPosition[5:3])) || ((targetPosition[2:0] - currentPosition[2:0]) == (currentPosition[5:3] - targetPosition[5:3])) );//(targetPosition[5:3] == currentPosition[5:3]);
            -40: allowDistance = !( ((targetPosition[2:0] - currentPosition[2:0]) == (targetPosition[5:3] - currentPosition[5:3])) || ((targetPosition[2:0] - currentPosition[2:0]) == (currentPosition[5:3] - targetPosition[5:3])) );//(targetPosition[5:3] == currentPosition[5:3]);
            -32: allowDistance = !( ((targetPosition[2:0] - currentPosition[2:0]) == (targetPosition[5:3] - currentPosition[5:3])) || ((targetPosition[2:0] - currentPosition[2:0]) == (currentPosition[5:3] - targetPosition[5:3])) );//(targetPosition[5:3] == currentPosition[5:3]);
            -24: allowDistance = !( ((targetPosition[2:0] - currentPosition[2:0]) == (targetPosition[5:3] - currentPosition[5:3])) || ((targetPosition[2:0] - currentPosition[2:0]) == (currentPosition[5:3] - targetPosition[5:3])) );//(targetPosition[5:3] == currentPosition[5:3]);
            -16: allowDistance = !( ((targetPosition[2:0] - currentPosition[2:0]) == (targetPosition[5:3] - currentPosition[5:3])) || ((targetPosition[2:0] - currentPosition[2:0]) == (currentPosition[5:3] - targetPosition[5:3])) );//(targetPosition[5:3] == currentPosition[5:3]);
             -8: allowDistance = !( ((targetPosition[2:0] - currentPosition[2:0]) == (targetPosition[5:3] - currentPosition[5:3])) || ((targetPosition[2:0] - currentPosition[2:0]) == (currentPosition[5:3] - targetPosition[5:3])) );//(targetPosition[5:3] == currentPosition[5:3]);
              8: allowDistance = !( ((targetPosition[2:0] - currentPosition[2:0]) == (targetPosition[5:3] - currentPosition[5:3])) || ((targetPosition[2:0] - currentPosition[2:0]) == (currentPosition[5:3] - targetPosition[5:3])) );//(targetPosition[5:3] == currentPosition[5:3]);
             16: allowDistance = !( ((targetPosition[2:0] - currentPosition[2:0]) == (targetPosition[5:3] - currentPosition[5:3])) || ((targetPosition[2:0] - currentPosition[2:0]) == (currentPosition[5:3] - targetPosition[5:3])) );//(targetPosition[5:3] == currentPosition[5:3]);
             24: allowDistance = !( ((targetPosition[2:0] - currentPosition[2:0]) == (targetPosition[5:3] - currentPosition[5:3])) || ((targetPosition[2:0] - currentPosition[2:0]) == (currentPosition[5:3] - targetPosition[5:3])) );//(targetPosition[5:3] == currentPosition[5:3]);
             32: allowDistance = !( ((targetPosition[2:0] - currentPosition[2:0]) == (targetPosition[5:3] - currentPosition[5:3])) || ((targetPosition[2:0] - currentPosition[2:0]) == (currentPosition[5:3] - targetPosition[5:3])) );//(targetPosition[5:3] == currentPosition[5:3]);
             40: allowDistance = !( ((targetPosition[2:0] - currentPosition[2:0]) == (targetPosition[5:3] - currentPosition[5:3])) || ((targetPosition[2:0] - currentPosition[2:0]) == (currentPosition[5:3] - targetPosition[5:3])) );//(targetPosition[5:3] == currentPosition[5:3]);
             48: allowDistance = !( ((targetPosition[2:0] - currentPosition[2:0]) == (targetPosition[5:3] - currentPosition[5:3])) || ((targetPosition[2:0] - currentPosition[2:0]) == (currentPosition[5:3] - targetPosition[5:3])) );//(targetPosition[5:3] == currentPosition[5:3]);
             56: allowDistance = !( ((targetPosition[2:0] - currentPosition[2:0]) == (targetPosition[5:3] - currentPosition[5:3])) || ((targetPosition[2:0] - currentPosition[2:0]) == (currentPosition[5:3] - targetPosition[5:3])) );//(targetPosition[5:3] == currentPosition[5:3]);
             
             default: allowDistance = 0;
        endcase
    end
    
        WHITE_QUEEN: begin
        case(distance)
             //Special Case  
             -7: allowDistance = (targetPosition[2:0] == currentPosition[2:0]) || ((targetPosition[2:0] - currentPosition[2:0]) == (targetPosition[5:3] - currentPosition[5:3])) || ((targetPosition[2:0] - currentPosition[2:0]) == (currentPosition[5:3] - targetPosition[5:3]));
              7: allowDistance = (targetPosition[2:0] == currentPosition[2:0]) || ((targetPosition[2:0] - currentPosition[2:0]) == (targetPosition[5:3] - currentPosition[5:3])) || ((targetPosition[2:0] - currentPosition[2:0]) == (currentPosition[5:3] - targetPosition[5:3]));
             
             //Vertical movement 
             -6: allowDistance = 1;//(targetPosition[2:0] == currentPosition[2:0]);
             -5: allowDistance = 1;//(targetPosition[2:0] == currentPosition[2:0]);
             -4: allowDistance = 1;//(targetPosition[2:0] == currentPosition[2:0]);
             -3: allowDistance = 1;//(targetPosition[2:0] == currentPosition[2:0]);
             -2: allowDistance = 1;//(targetPosition[2:0] == currentPosition[2:0]);
             -1: allowDistance = 1;//(targetPosition[2:0] == currentPosition[2:0]);
              1: allowDistance = 1;//(targetPosition[2:0] == currentPosition[2:0]);
              2: allowDistance = 1;//(targetPosition[2:0] == currentPosition[2:0]);
              3: allowDistance = 1;//(targetPosition[2:0] == currentPosition[2:0]);
              4: allowDistance = 1;//(targetPosition[2:0] == currentPosition[2:0]);
              5: allowDistance = 1;//(targetPosition[2:0] == currentPosition[2:0]);
              6: allowDistance = 1;//(targetPosition[2:0] == currentPosition[2:0]);
              
            //Horizontal movement
            -48: allowDistance = 1;//(targetPosition[5:3] == currentPosition[5:3]);
            -40: allowDistance = 1;//(targetPosition[5:3] == currentPosition[5:3]);
            -32: allowDistance = 1;//(targetPosition[5:3] == currentPosition[5:3]);
            -24: allowDistance = 1;//(targetPosition[5:3] == currentPosition[5:3]);
            -16: allowDistance = 1;//(targetPosition[5:3] == currentPosition[5:3]);
             -8: allowDistance = 1;//(targetPosition[5:3] == currentPosition[5:3]);
              8: allowDistance = 1;//(targetPosition[5:3] == currentPosition[5:3]);
             16: allowDistance = 1;//(targetPosition[5:3] == currentPosition[5:3]);
             24: allowDistance = 1;//(targetPosition[5:3] == currentPosition[5:3]);
             32: allowDistance = 1;//(targetPosition[5:3] == currentPosition[5:3]);
             40: allowDistance = 1;//(targetPosition[5:3] == currentPosition[5:3]);
             48: allowDistance = 1;//(targetPosition[5:3] == currentPosition[5:3]);
             
            -63: allowDistance = ((targetPosition[2:0] - currentPosition[2:0]) == (targetPosition[5:3] - currentPosition[5:3])) || ((targetPosition[2:0] - currentPosition[2:0]) == (currentPosition[5:3] - targetPosition[5:3]));
            -54: allowDistance = ((targetPosition[2:0] - currentPosition[2:0]) == (targetPosition[5:3] - currentPosition[5:3])) || ((targetPosition[2:0] - currentPosition[2:0]) == (currentPosition[5:3] - targetPosition[5:3]));
            -49: allowDistance = ((targetPosition[2:0] - currentPosition[2:0]) == (targetPosition[5:3] - currentPosition[5:3])) || ((targetPosition[2:0] - currentPosition[2:0]) == (currentPosition[5:3] - targetPosition[5:3]));
            -45: allowDistance = ((targetPosition[2:0] - currentPosition[2:0]) == (targetPosition[5:3] - currentPosition[5:3])) || ((targetPosition[2:0] - currentPosition[2:0]) == (currentPosition[5:3] - targetPosition[5:3]));
            -42: allowDistance = ((targetPosition[2:0] - currentPosition[2:0]) == (targetPosition[5:3] - currentPosition[5:3])) || ((targetPosition[2:0] - currentPosition[2:0]) == (currentPosition[5:3] - targetPosition[5:3]));
            -36: allowDistance = ((targetPosition[2:0] - currentPosition[2:0]) == (targetPosition[5:3] - currentPosition[5:3])) || ((targetPosition[2:0] - currentPosition[2:0]) == (currentPosition[5:3] - targetPosition[5:3]));
            -35: allowDistance = ((targetPosition[2:0] - currentPosition[2:0]) == (targetPosition[5:3] - currentPosition[5:3])) || ((targetPosition[2:0] - currentPosition[2:0]) == (currentPosition[5:3] - targetPosition[5:3]));
            -28: allowDistance = ((targetPosition[2:0] - currentPosition[2:0]) == (targetPosition[5:3] - currentPosition[5:3])) || ((targetPosition[2:0] - currentPosition[2:0]) == (currentPosition[5:3] - targetPosition[5:3]));
            -27: allowDistance = ((targetPosition[2:0] - currentPosition[2:0]) == (targetPosition[5:3] - currentPosition[5:3])) || ((targetPosition[2:0] - currentPosition[2:0]) == (currentPosition[5:3] - targetPosition[5:3]));
            -21: allowDistance = ((targetPosition[2:0] - currentPosition[2:0]) == (targetPosition[5:3] - currentPosition[5:3])) || ((targetPosition[2:0] - currentPosition[2:0]) == (currentPosition[5:3] - targetPosition[5:3]));
            -18: allowDistance = ((targetPosition[2:0] - currentPosition[2:0]) == (targetPosition[5:3] - currentPosition[5:3])) || ((targetPosition[2:0] - currentPosition[2:0]) == (currentPosition[5:3] - targetPosition[5:3]));
            -14: allowDistance = ((targetPosition[2:0] - currentPosition[2:0]) == (targetPosition[5:3] - currentPosition[5:3])) || ((targetPosition[2:0] - currentPosition[2:0]) == (currentPosition[5:3] - targetPosition[5:3]));
             -9: allowDistance = ((targetPosition[2:0] - currentPosition[2:0]) == (targetPosition[5:3] - currentPosition[5:3])) || ((targetPosition[2:0] - currentPosition[2:0]) == (currentPosition[5:3] - targetPosition[5:3]));
              9: allowDistance = ((targetPosition[2:0] - currentPosition[2:0]) == (targetPosition[5:3] - currentPosition[5:3])) || ((targetPosition[2:0] - currentPosition[2:0]) == (currentPosition[5:3] - targetPosition[5:3]));
             14: allowDistance = ((targetPosition[2:0] - currentPosition[2:0]) == (targetPosition[5:3] - currentPosition[5:3])) || ((targetPosition[2:0] - currentPosition[2:0]) == (currentPosition[5:3] - targetPosition[5:3]));
             18: allowDistance = ((targetPosition[2:0] - currentPosition[2:0]) == (targetPosition[5:3] - currentPosition[5:3])) || ((targetPosition[2:0] - currentPosition[2:0]) == (currentPosition[5:3] - targetPosition[5:3]));
             21: allowDistance = ((targetPosition[2:0] - currentPosition[2:0]) == (targetPosition[5:3] - currentPosition[5:3])) || ((targetPosition[2:0] - currentPosition[2:0]) == (currentPosition[5:3] - targetPosition[5:3]));
             27: allowDistance = ((targetPosition[2:0] - currentPosition[2:0]) == (targetPosition[5:3] - currentPosition[5:3])) || ((targetPosition[2:0] - currentPosition[2:0]) == (currentPosition[5:3] - targetPosition[5:3]));
             28: allowDistance = ((targetPosition[2:0] - currentPosition[2:0]) == (targetPosition[5:3] - currentPosition[5:3])) || ((targetPosition[2:0] - currentPosition[2:0]) == (currentPosition[5:3] - targetPosition[5:3]));
             35: allowDistance = ((targetPosition[2:0] - currentPosition[2:0]) == (targetPosition[5:3] - currentPosition[5:3])) || ((targetPosition[2:0] - currentPosition[2:0]) == (currentPosition[5:3] - targetPosition[5:3]));
             36: allowDistance = ((targetPosition[2:0] - currentPosition[2:0]) == (targetPosition[5:3] - currentPosition[5:3])) || ((targetPosition[2:0] - currentPosition[2:0]) == (currentPosition[5:3] - targetPosition[5:3]));
             42: allowDistance = ((targetPosition[2:0] - currentPosition[2:0]) == (targetPosition[5:3] - currentPosition[5:3])) || ((targetPosition[2:0] - currentPosition[2:0]) == (currentPosition[5:3] - targetPosition[5:3]));
             45: allowDistance = ((targetPosition[2:0] - currentPosition[2:0]) == (targetPosition[5:3] - currentPosition[5:3])) || ((targetPosition[2:0] - currentPosition[2:0]) == (currentPosition[5:3] - targetPosition[5:3]));
             49: allowDistance = ((targetPosition[2:0] - currentPosition[2:0]) == (targetPosition[5:3] - currentPosition[5:3])) || ((targetPosition[2:0] - currentPosition[2:0]) == (currentPosition[5:3] - targetPosition[5:3]));
             54: allowDistance = ((targetPosition[2:0] - currentPosition[2:0]) == (targetPosition[5:3] - currentPosition[5:3])) || ((targetPosition[2:0] - currentPosition[2:0]) == (currentPosition[5:3] - targetPosition[5:3]));
             63: allowDistance = ((targetPosition[2:0] - currentPosition[2:0]) == (targetPosition[5:3] - currentPosition[5:3])) || ((targetPosition[2:0] - currentPosition[2:0]) == (currentPosition[5:3] - targetPosition[5:3]));
             
             default: allowDistance = 0;
         endcase
    end
    
        BLACK_QUEEN: begin
        case(distance)
             //Special Case  
             -7: allowDistance = (targetPosition[2:0] == currentPosition[2:0]) || ((targetPosition[2:0] - currentPosition[2:0]) == (targetPosition[5:3] - currentPosition[5:3])) || ((targetPosition[2:0] - currentPosition[2:0]) == (currentPosition[5:3] - targetPosition[5:3]));
              7: allowDistance = (targetPosition[2:0] == currentPosition[2:0]) || ((targetPosition[2:0] - currentPosition[2:0]) == (targetPosition[5:3] - currentPosition[5:3])) || ((targetPosition[2:0] - currentPosition[2:0]) == (currentPosition[5:3] - targetPosition[5:3]));
             
             //Vertical movement 
             -6: allowDistance = 1;//(targetPosition[2:0] == currentPosition[2:0]);
             -5: allowDistance = 1;//(targetPosition[2:0] == currentPosition[2:0]);
             -4: allowDistance = 1;//(targetPosition[2:0] == currentPosition[2:0]);
             -3: allowDistance = 1;//(targetPosition[2:0] == currentPosition[2:0]);
             -2: allowDistance = 1;//(targetPosition[2:0] == currentPosition[2:0]);
             -1: allowDistance = 1;//(targetPosition[2:0] == currentPosition[2:0]);
              1: allowDistance = 1;//(targetPosition[2:0] == currentPosition[2:0]);
              2: allowDistance = 1;//(targetPosition[2:0] == currentPosition[2:0]);
              3: allowDistance = 1;//(targetPosition[2:0] == currentPosition[2:0]);
              4: allowDistance = 1;//(targetPosition[2:0] == currentPosition[2:0]);
              5: allowDistance = 1;//(targetPosition[2:0] == currentPosition[2:0]);
              6: allowDistance = 1;//(targetPosition[2:0] == currentPosition[2:0]);
              
            //Horizontal movement
            -48: allowDistance = 1;//(targetPosition[5:3] == currentPosition[5:3]);
            -40: allowDistance = 1;//(targetPosition[5:3] == currentPosition[5:3]);
            -32: allowDistance = 1;//(targetPosition[5:3] == currentPosition[5:3]);
            -24: allowDistance = 1;//(targetPosition[5:3] == currentPosition[5:3]);
            -16: allowDistance = 1;//(targetPosition[5:3] == currentPosition[5:3]);
             -8: allowDistance = 1;//(targetPosition[5:3] == currentPosition[5:3]);
              8: allowDistance = 1;//(targetPosition[5:3] == currentPosition[5:3]);
             16: allowDistance = 1;//(targetPosition[5:3] == currentPosition[5:3]);
             24: allowDistance = 1;//(targetPosition[5:3] == currentPosition[5:3]);
             32: allowDistance = 1;//(targetPosition[5:3] == currentPosition[5:3]);
             40: allowDistance = 1;//(targetPosition[5:3] == currentPosition[5:3]);
             48: allowDistance = 1;//(targetPosition[5:3] == currentPosition[5:3]);
             
            -63: allowDistance = ((targetPosition[2:0] - currentPosition[2:0]) == (targetPosition[5:3] - currentPosition[5:3])) || ((targetPosition[2:0] - currentPosition[2:0]) == (currentPosition[5:3] - targetPosition[5:3]));
            -54: allowDistance = ((targetPosition[2:0] - currentPosition[2:0]) == (targetPosition[5:3] - currentPosition[5:3])) || ((targetPosition[2:0] - currentPosition[2:0]) == (currentPosition[5:3] - targetPosition[5:3]));
            -49: allowDistance = ((targetPosition[2:0] - currentPosition[2:0]) == (targetPosition[5:3] - currentPosition[5:3])) || ((targetPosition[2:0] - currentPosition[2:0]) == (currentPosition[5:3] - targetPosition[5:3]));
            -45: allowDistance = ((targetPosition[2:0] - currentPosition[2:0]) == (targetPosition[5:3] - currentPosition[5:3])) || ((targetPosition[2:0] - currentPosition[2:0]) == (currentPosition[5:3] - targetPosition[5:3]));
            -42: allowDistance = ((targetPosition[2:0] - currentPosition[2:0]) == (targetPosition[5:3] - currentPosition[5:3])) || ((targetPosition[2:0] - currentPosition[2:0]) == (currentPosition[5:3] - targetPosition[5:3]));
            -36: allowDistance = ((targetPosition[2:0] - currentPosition[2:0]) == (targetPosition[5:3] - currentPosition[5:3])) || ((targetPosition[2:0] - currentPosition[2:0]) == (currentPosition[5:3] - targetPosition[5:3]));
            -35: allowDistance = ((targetPosition[2:0] - currentPosition[2:0]) == (targetPosition[5:3] - currentPosition[5:3])) || ((targetPosition[2:0] - currentPosition[2:0]) == (currentPosition[5:3] - targetPosition[5:3]));
            -28: allowDistance = ((targetPosition[2:0] - currentPosition[2:0]) == (targetPosition[5:3] - currentPosition[5:3])) || ((targetPosition[2:0] - currentPosition[2:0]) == (currentPosition[5:3] - targetPosition[5:3]));
            -27: allowDistance = ((targetPosition[2:0] - currentPosition[2:0]) == (targetPosition[5:3] - currentPosition[5:3])) || ((targetPosition[2:0] - currentPosition[2:0]) == (currentPosition[5:3] - targetPosition[5:3]));
            -21: allowDistance = ((targetPosition[2:0] - currentPosition[2:0]) == (targetPosition[5:3] - currentPosition[5:3])) || ((targetPosition[2:0] - currentPosition[2:0]) == (currentPosition[5:3] - targetPosition[5:3]));
            -18: allowDistance = ((targetPosition[2:0] - currentPosition[2:0]) == (targetPosition[5:3] - currentPosition[5:3])) || ((targetPosition[2:0] - currentPosition[2:0]) == (currentPosition[5:3] - targetPosition[5:3]));
            -14: allowDistance = ((targetPosition[2:0] - currentPosition[2:0]) == (targetPosition[5:3] - currentPosition[5:3])) || ((targetPosition[2:0] - currentPosition[2:0]) == (currentPosition[5:3] - targetPosition[5:3]));
             -9: allowDistance = ((targetPosition[2:0] - currentPosition[2:0]) == (targetPosition[5:3] - currentPosition[5:3])) || ((targetPosition[2:0] - currentPosition[2:0]) == (currentPosition[5:3] - targetPosition[5:3]));
              9: allowDistance = ((targetPosition[2:0] - currentPosition[2:0]) == (targetPosition[5:3] - currentPosition[5:3])) || ((targetPosition[2:0] - currentPosition[2:0]) == (currentPosition[5:3] - targetPosition[5:3]));
             14: allowDistance = ((targetPosition[2:0] - currentPosition[2:0]) == (targetPosition[5:3] - currentPosition[5:3])) || ((targetPosition[2:0] - currentPosition[2:0]) == (currentPosition[5:3] - targetPosition[5:3]));
             18: allowDistance = ((targetPosition[2:0] - currentPosition[2:0]) == (targetPosition[5:3] - currentPosition[5:3])) || ((targetPosition[2:0] - currentPosition[2:0]) == (currentPosition[5:3] - targetPosition[5:3]));
             21: allowDistance = ((targetPosition[2:0] - currentPosition[2:0]) == (targetPosition[5:3] - currentPosition[5:3])) || ((targetPosition[2:0] - currentPosition[2:0]) == (currentPosition[5:3] - targetPosition[5:3]));
             27: allowDistance = ((targetPosition[2:0] - currentPosition[2:0]) == (targetPosition[5:3] - currentPosition[5:3])) || ((targetPosition[2:0] - currentPosition[2:0]) == (currentPosition[5:3] - targetPosition[5:3]));
             28: allowDistance = ((targetPosition[2:0] - currentPosition[2:0]) == (targetPosition[5:3] - currentPosition[5:3])) || ((targetPosition[2:0] - currentPosition[2:0]) == (currentPosition[5:3] - targetPosition[5:3]));
             35: allowDistance = ((targetPosition[2:0] - currentPosition[2:0]) == (targetPosition[5:3] - currentPosition[5:3])) || ((targetPosition[2:0] - currentPosition[2:0]) == (currentPosition[5:3] - targetPosition[5:3]));
             36: allowDistance = ((targetPosition[2:0] - currentPosition[2:0]) == (targetPosition[5:3] - currentPosition[5:3])) || ((targetPosition[2:0] - currentPosition[2:0]) == (currentPosition[5:3] - targetPosition[5:3]));
             42: allowDistance = ((targetPosition[2:0] - currentPosition[2:0]) == (targetPosition[5:3] - currentPosition[5:3])) || ((targetPosition[2:0] - currentPosition[2:0]) == (currentPosition[5:3] - targetPosition[5:3]));
             45: allowDistance = ((targetPosition[2:0] - currentPosition[2:0]) == (targetPosition[5:3] - currentPosition[5:3])) || ((targetPosition[2:0] - currentPosition[2:0]) == (currentPosition[5:3] - targetPosition[5:3]));
             49: allowDistance = ((targetPosition[2:0] - currentPosition[2:0]) == (targetPosition[5:3] - currentPosition[5:3])) || ((targetPosition[2:0] - currentPosition[2:0]) == (currentPosition[5:3] - targetPosition[5:3]));
             54: allowDistance = ((targetPosition[2:0] - currentPosition[2:0]) == (targetPosition[5:3] - currentPosition[5:3])) || ((targetPosition[2:0] - currentPosition[2:0]) == (currentPosition[5:3] - targetPosition[5:3]));
             63: allowDistance = ((targetPosition[2:0] - currentPosition[2:0]) == (targetPosition[5:3] - currentPosition[5:3])) || ((targetPosition[2:0] - currentPosition[2:0]) == (currentPosition[5:3] - targetPosition[5:3]));
             
             default: allowDistance = 0;
         endcase
    end
    
        default: allowDistance = 0;
    
    endcase
end
endmodule